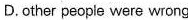
D. other people were wrong